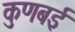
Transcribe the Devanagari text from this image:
कुणबई